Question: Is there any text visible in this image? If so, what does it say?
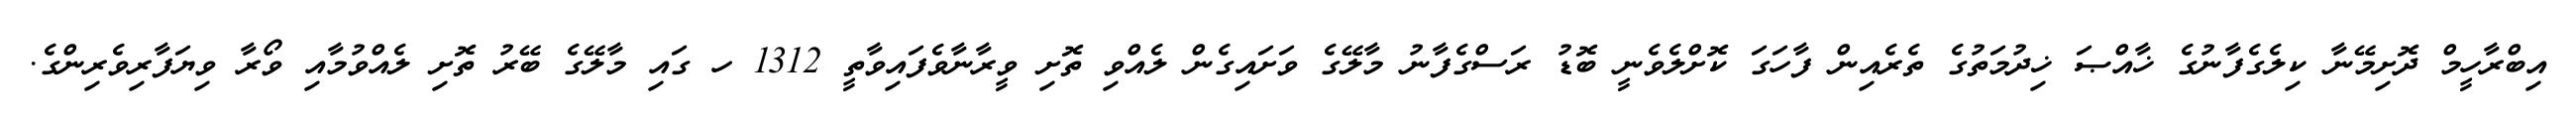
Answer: އިބްރާހީމް ދޮށިމޭނާ ކިލެގެފާނުގެ ޚާއްޞަ ޚިދުމަތުގެ ތެރެއިން ފާހަގަ ކޮށްލެވެނީ ބޮޑު ރަސްގެފާނު މާލޭގެ ވަށައިގެން ލެއްވި ތޮށި ވީރާނާވެފައިވާތީ 1312 ހ ގައި މާލޭގެ ބޭރު ތޮށި ލެއްވުމާއި ވޯރާ ވިޔަފާރިވެރިންގެ.